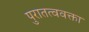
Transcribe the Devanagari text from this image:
पुरातत्ववक्ता